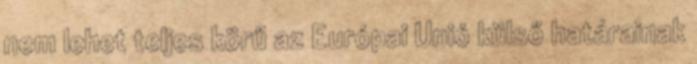
nem lehet teljes körű az Európai Unió külső határainak